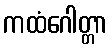
ကထံဂေါတ္တာ